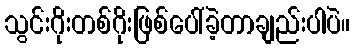
သွင်းဂိုးတစ်ဂိုးဖြစ်ပေါ်ခဲ့တာချည်းပါပဲ။